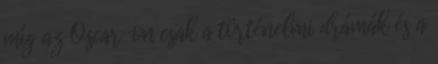
míg az Oscar-on csak a történelmi drámák és a